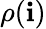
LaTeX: \rho(\mathbf{i})